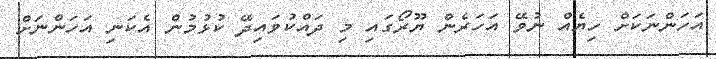
އަހަންނަކަށް ހިޔެއް ނުވޭ އަހަރެން ޔޫރޯގައި މި ދައްކުވައިދޭ ކުޅުމުން އެކަނި އަހަންނަށް